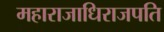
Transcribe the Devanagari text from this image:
महाराजाधिराजपति